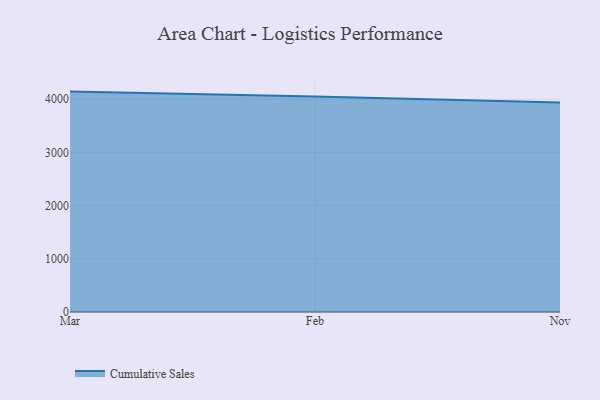
{"axis": {"x": "Month", "y": "Page Views"}, "legend": ["Cumulative Sales"], "data": [{"x": "Mar", "y": 4144.0, "type": "Cumulative Sales"}, {"x": "Feb", "y": 4049.6, "type": "Cumulative Sales"}, {"x": "Nov", "y": 3938.1, "type": "Cumulative Sales"}]}